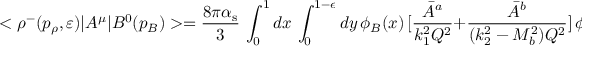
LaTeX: < \rho ^ { - } ( p _ { \rho } , \varepsilon ) | A ^ { \mu } | B ^ { 0 } ( p _ { B } ) > = { \frac { 8 \pi \alpha _ { \mathrm { s } } } { 3 } } \, \int _ { 0 } ^ { 1 } d x \, \int _ { 0 } ^ { 1 - \epsilon } d y \, \phi _ { B } ( x ) \, [ { \frac { { \bar { A } } ^ { a } } { k _ { 1 } ^ { 2 } Q ^ { 2 } } } + { \frac { { \bar { A } } ^ { b } } { ( k _ { 2 } ^ { 2 } - M _ { b } ^ { 2 } ) Q ^ { 2 } } } ] \, \phi _ { \rho } ( y ) ,